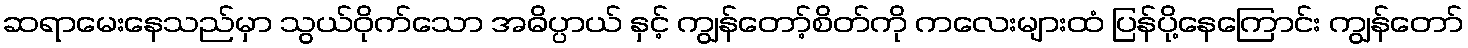
ဆရာမေးနေသည်မှာ သွယ်ဝိုက်သော အဓိပ္ပာယ် နှင့် ကျွန်တော့်စိတ်ကို ကလေးများထံ ပြန်ပို့နေကြောင်း ကျွန်တော်